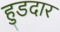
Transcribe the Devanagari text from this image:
हुडदार